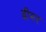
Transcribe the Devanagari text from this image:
ढीमर